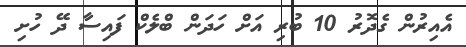
އެއިރުން ގެދޮރު 10 ބުރި އަށް ހަަދަން ބްލެކް ފައިސާ ދޭ ހުށި